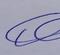
Signature authenticity: genuine